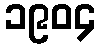
၁၉၀၄